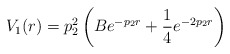
\begin{align*}V_1(r)=p_2^2\left(Be^{-p_2r}+\frac{1}{4}e^{-2p_2r}\right)\end{align*}